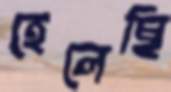
হেলেছি